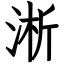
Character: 淅